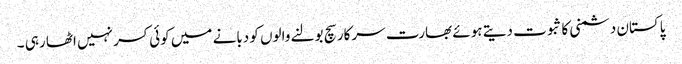
پاکستان دشمنی کا ثبوت دیتے ہوئے بھارت سرکار سچ بولنے والوں کو دبانے میں کوئی کسر نہیں اٹھا رہی ۔